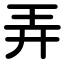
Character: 弄